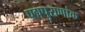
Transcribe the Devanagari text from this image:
पद्मपुराणांक